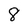
Character: 8